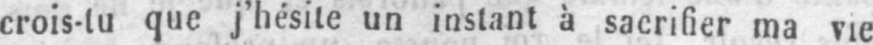
crois-tu que j’hésite un instant à sacrifier ma vie